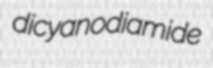
dicyanodiamide